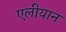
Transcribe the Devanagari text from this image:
एलीयान